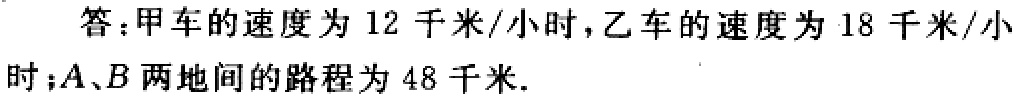
答：甲车的速度为 \(12\) 千米/小时，乙车的速度为 \(18\) 千米/小时；\(A、B\) 两地间的路程为 \(48\) 千米.